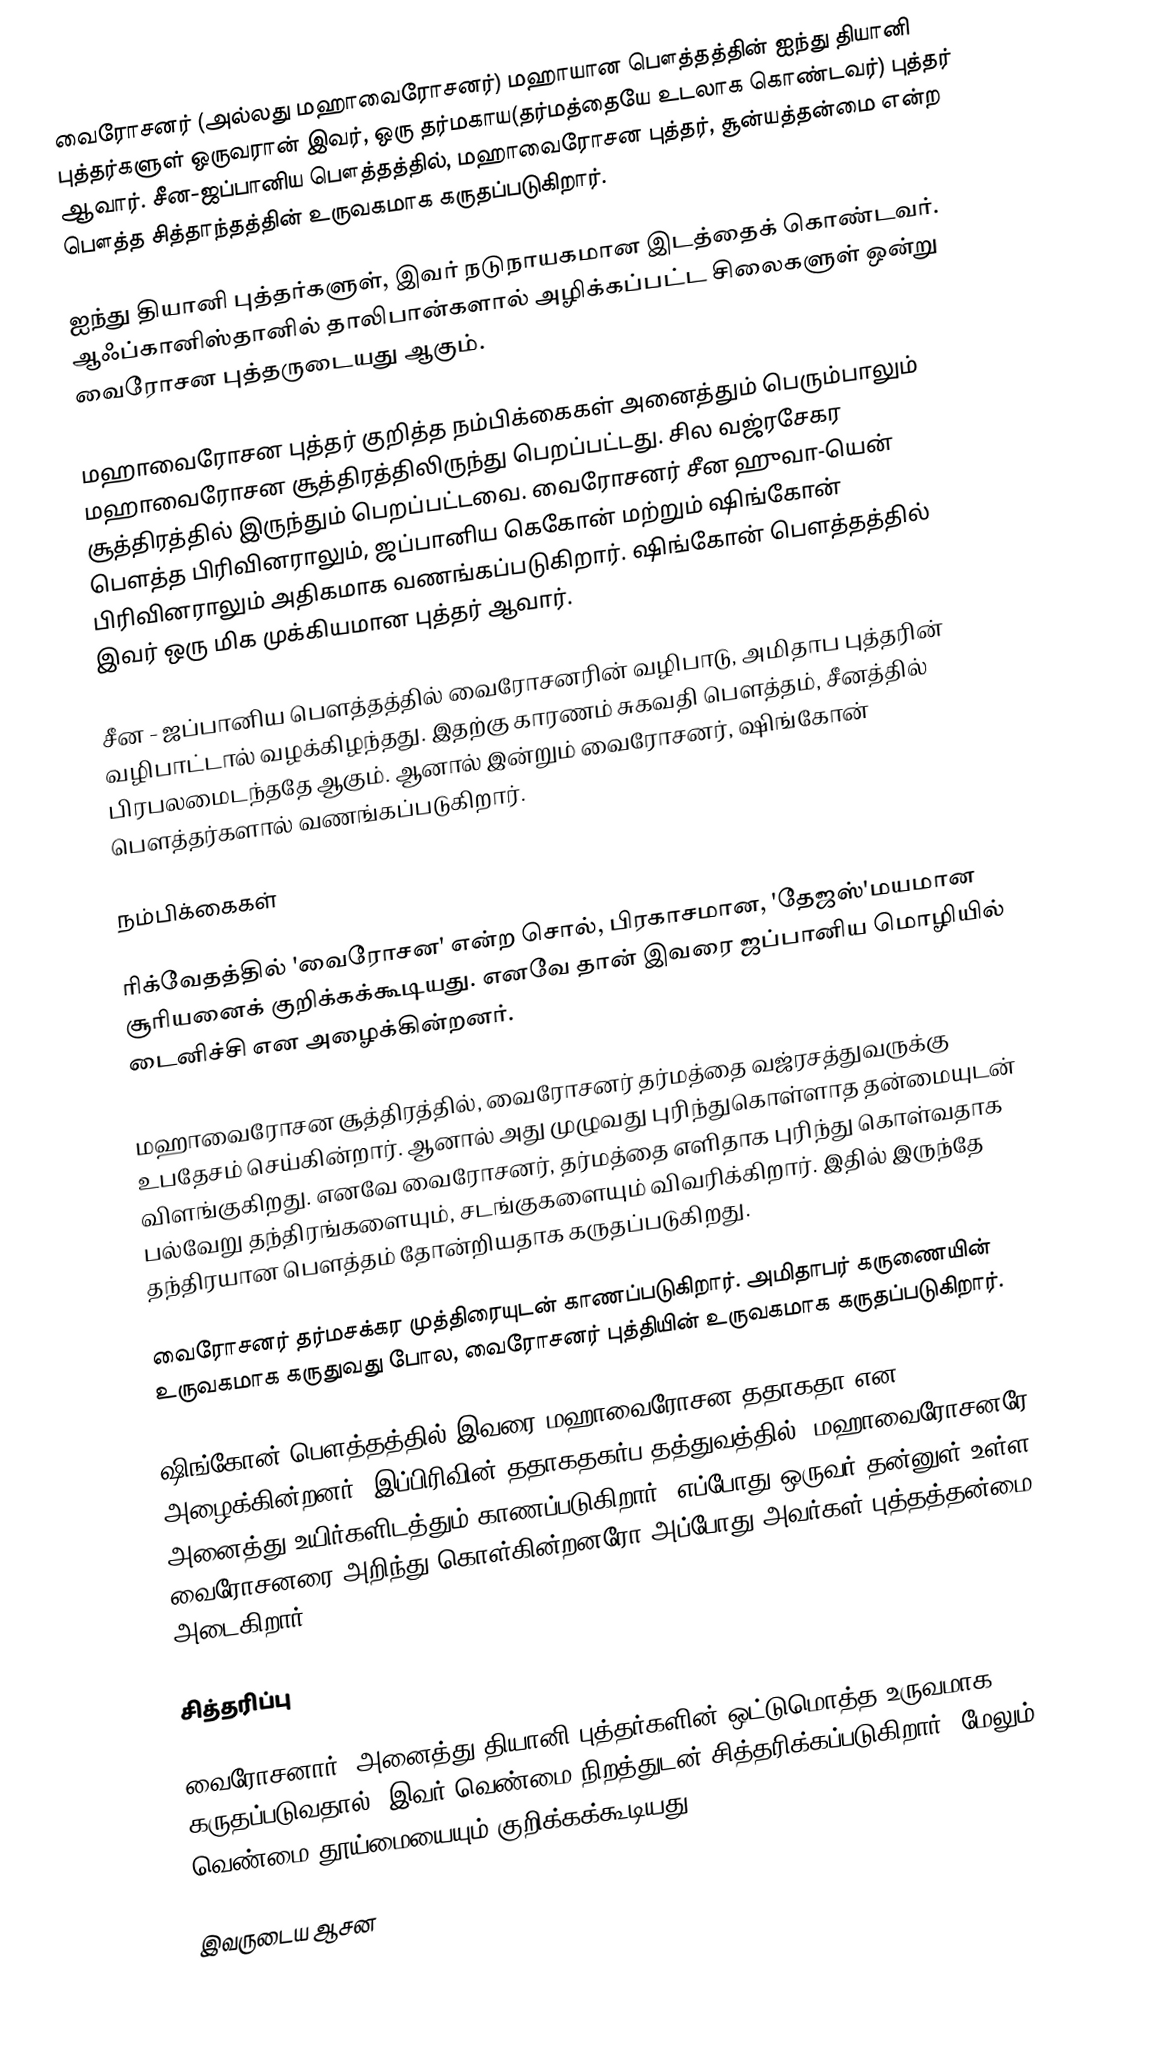
வைரோசனர் (அல்லது மஹாவைரோசனர்) மஹாயான பௌத்தத்தின் ஐந்து தியானி புத்தர்களுள் ஒருவரான் இவர், ஒரு தர்மகாய(தர்மத்தையே உடலாக கொண்டவர்) புத்தர் ஆவார். சீன-ஜப்பானிய பௌத்தத்தில், மஹாவைரோசன புத்தர், சூன்யத்தன்மை என்ற பௌத்த சித்தாந்தத்தின் உருவகமாக கருதப்படுகிறார்.

ஐந்து தியானி புத்தர்களுள், இவர் நடுநாயகமான இடத்தைக் கொண்டவர். ஆஃப்கானிஸ்தானில் தாலிபான்களால் அழிக்கப்பட்ட சிலைகளுள் ஒன்று வைரோசன புத்தருடையது ஆகும்.

மஹாவைரோசன புத்தர் குறித்த நம்பிக்கைகள் அனைத்தும் பெரும்பாலும் மஹாவைரோசன சூத்திரத்திலிருந்து பெறப்பட்டது. சில வஜ்ரசேகர சூத்திரத்தில் இருந்தும் பெறப்பட்டவை. வைரோசனர் சீன ஹுவா-யென் பௌத்த பிரிவினராலும், ஜப்பானிய கெகோன் மற்றும் ஷிங்கோன் பிரிவினராலும் அதிகமாக வணங்கப்படுகிறார். ஷிங்கோன் பௌத்தத்தில் இவர் ஒரு மிக முக்கியமான புத்தர் ஆவார்.

சீன - ஜப்பானிய பௌத்தத்தில் வைரோசனரின் வழிபாடு, அமிதாப புத்தரின் வழிபாட்டால் வழக்கிழந்தது. இதற்கு காரணம் சுகவதி பௌத்தம், சீனத்தில் பிரபலமைடந்ததே ஆகும். ஆனால் இன்றும் வைரோசனர், ஷிங்கோன் பௌத்தர்களால் வணங்கப்படுகிறார்.

நம்பிக்கைகள்

ரிக்வேதத்தில் 'வைரோசன' என்ற சொல், பிரகாசமான, 'தேஜஸ்'மயமான சூரியனைக் குறிக்கக்கூடியது. எனவே தான் இவரை ஜப்பானிய மொழியில் டைனிச்சி என அழைக்கின்றனர்.

மஹாவைரோசன சூத்திரத்தில், வைரோசனர் தர்மத்தை வஜ்ரசத்துவருக்கு உபதேசம் செய்கின்றார். ஆனால் அது முழுவது புரிந்துகொள்ளாத தன்மையுடன் விளங்குகிறது. எனவே வைரோசனர், தர்மத்தை எளிதாக புரிந்து கொள்வதாக பல்வேறு தந்திரங்களையும், சடங்குகளையும் விவரிக்கிறார். இதில் இருந்தே தந்திரயான பௌத்தம் தோன்றியதாக கருதப்படுகிறது.

வைரோசனர் தர்மசக்கர முத்திரையுடன் காணப்படுகிறார். அமிதாபர் கருணையின் உருவகமாக கருதுவது போல, வைரோசனர் புத்தியின் உருவகமாக கருதப்படுகிறார்.

ஷிங்கோன் பௌத்தத்தில் இவரை மஹாவைரோசன ததாகதா என அழைக்கின்றனர். இப்பிரிவின் ததாகதகர்ப தத்துவத்தில், மஹாவைரோசனரே அனைத்து உயிர்களிடத்தும் காணப்படுகிறார். எப்போது ஒருவர் தன்னுள் உள்ள வைரோசனரை அறிந்து கொள்கின்றனரோ அப்போது அவர்கள் புத்தத்தன்மை அடைகிறார்.

சித்தரிப்பு

வைரோசனார், அனைத்து தியானி புத்தர்களின் ஒட்டுமொத்த உருவமாக கருதப்படுவதால், இவர் வெண்மை நிறத்துடன் சித்தரிக்கப்படுகிறார். மேலும், வெண்மை தூய்மையையும் குறிக்கக்கூடியது.

இவருடைய ஆசன